画像に写った文字を読んでください
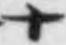
「十」と書いてあります